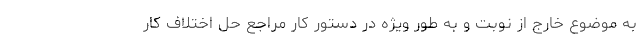
به موضوع خارج از نوبت و به طور ویژه در دستور کار مراجع حل اختلاف کار